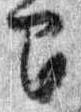
間